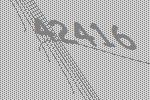
42416